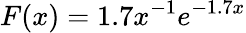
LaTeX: F(x)=1.7x^{-1}e^{-1.7x}